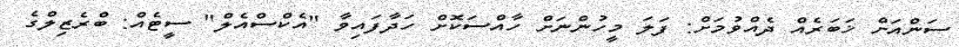
ސަންއަށް ޚަބަރެއް ދެއްވުމަށް: ފަލަ މީހުންނަށް ހާއްސަކޮށް ހަދާފައިވާ "އެކްސްއެލް" ސީޓެއް: ބްރެޒިލްގެ